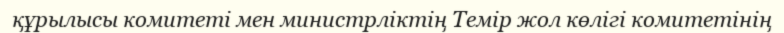
құрылысы комитеті мен министрліктің Темір жол көлігі комитетінің